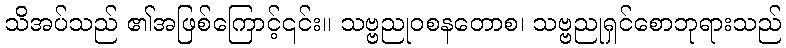
သိအပ်သည် ၏အဖြစ်ကြောင့်၎င်း။ သဗ္ဗညုဝစနတောစ၊ သဗ္ဗညုရှင်စောဘုရားသည်